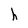
Character: h